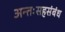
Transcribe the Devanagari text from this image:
अन्तःसहसंबंध